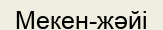
Мекен-жәйі